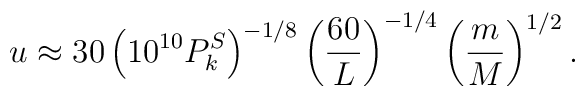
u\approx 30\left(10^{10}P_k^S\right)^{-1/8}\left({60\over L}\right)^{-1/4}\left({m\over M}\right)^{1/2}.